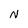
Character: N